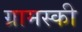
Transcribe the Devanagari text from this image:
ग्रामस्की